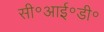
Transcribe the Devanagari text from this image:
सी॰आई॰डी॰